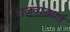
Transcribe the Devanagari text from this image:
राजवाड्यांत